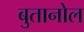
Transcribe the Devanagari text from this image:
बुतानोल